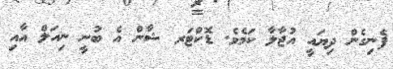
ފެނިގެން ދިޔައީ އުޖާލާ ކަމެވެ. ޑޮކްޓަރ ޝާން އެ ބުނީ ނިއަލް އާއި